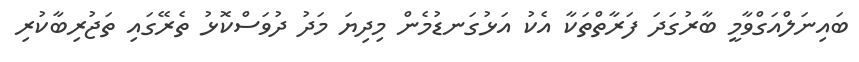
ބައިނަލްއަގްވާމީ ބާރުގަދަ ފަރާތްތަކާ އެކު އަޅުގަނޑުމެން މިދިޔަ މަދު ދުވަސްކޮޅު ތެރޭގައި ތަޖުރިބާކުރި